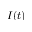
I ( t )